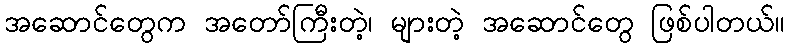
အဆောင်တွေက အတော်ကြီးတဲ့၊ များတဲ့ အဆောင်တွေ ဖြစ်ပါတယ်။